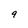
Character: 9